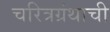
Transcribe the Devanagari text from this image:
चरित्रग्रंथाची